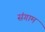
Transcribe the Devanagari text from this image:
संगाम